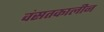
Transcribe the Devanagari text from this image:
वंसतकालीन